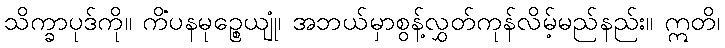
သိက္ခာပုဒ်ကို။ ကိံပနမုဉ္စေယျုံ၊ အဘယ်မှာစွန့်လွှတ်ကုန်လိမ့်မည်နည်း။ ဣတိ၊